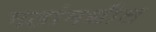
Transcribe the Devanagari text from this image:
मतांमधील